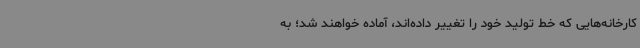
کارخانه‌هایی که خط تولید خود را تغییر داده‌اند، آماده خواهند شد؛ به